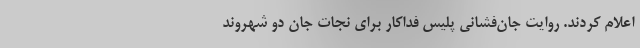
اعلام کردند. روایت جان‌فشانی پلیس فداکار برای نجات جان دو شهروند